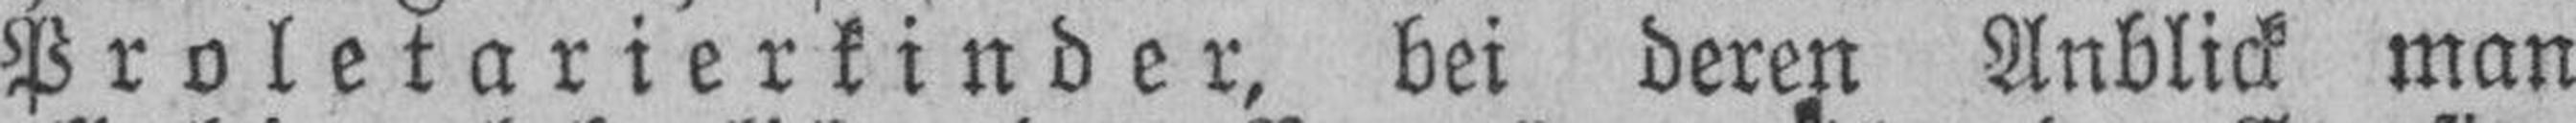
Proletarierkinder, bei deren Anblick man